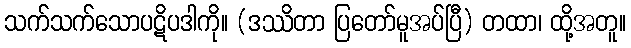
သက်သက်သောပဋိပဒါကို။ (ဒဿိတာ ပြတော်မူအပ်ပြီ) တထာ၊ ထို့အတူ။